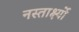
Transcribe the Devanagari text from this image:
नस्तार्क्ष्यो